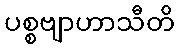
ပစ္စဗျာဟာသီတိ